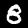
Label: 8